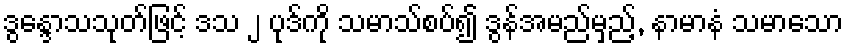
ဒွန္ဒောသသုတ်ဖြင့် ဒသ ၂ ပုဒ်ကို သမာသ်စပ်၍ ဒွန်အမည်မှည့်, နာမာနံ သမာသော